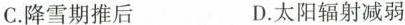
C.降雪期推后 D.太阳辐射减弱